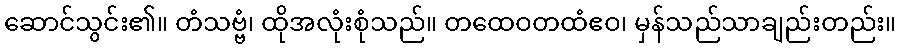
ဆောင်သွင်း၏။ တံသဗ္ဗံ၊ ထိုအလုံးစုံသည်။ တထေဝတထံဧဝ၊ မှန်သည်သာချည်းတည်း။